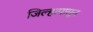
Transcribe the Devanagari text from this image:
जिल्हापासून